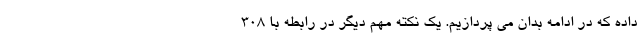
داده که در ادامه بدان می پردازیم. یک نکته مهم دیگر در رابطه با 308